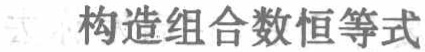
构造组合数恒等式